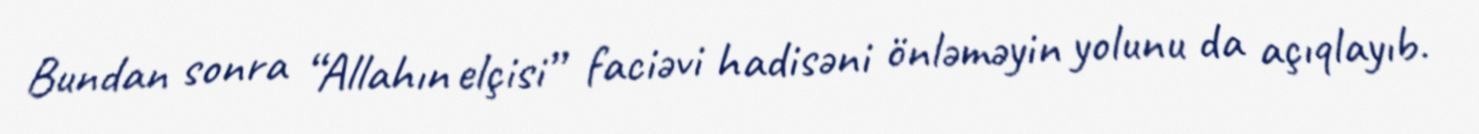
Bundan sonra “Allahın elçisi” faciəvi hadisəni önləməyin yolunu da açıqlayıb.